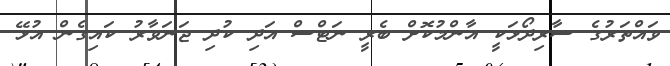
ވައްތަރުގެ ސާރިދޯޅަކީ އާންމުކޮށް ބެރީ ނަޓްސް އަދި ކުދި ޖަނަވާރު ކައިގެން އުޅޭ